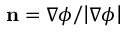
{ \bf { n } } = { { \nabla \phi } \mathord { \left/ { \vphantom { { \nabla \phi } { \left| { \nabla \phi } \right| } } } \right. \kern - \nulldelimiterspace } { \left| { \nabla \phi } \right| } }